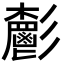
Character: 𩰧